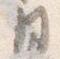
月